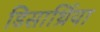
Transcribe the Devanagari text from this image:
डिसार्थ्रिया